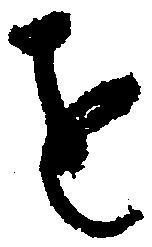
を